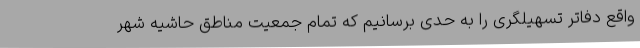
واقع دفاتر تسهیلگری را به حدی برسانیم که تمام جمعیت مناطق حاشیه شهر